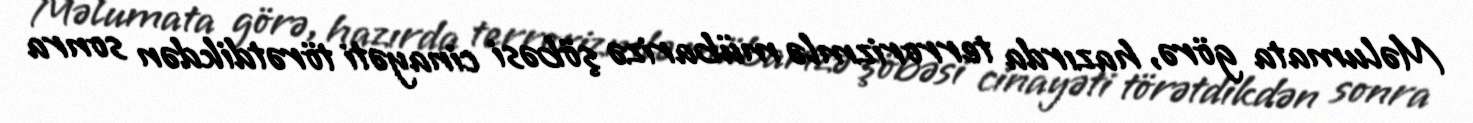
Məlumata görə, hazırda terrorizmlə mübarizə şöbəsi cinayəti törətdikdən sonra